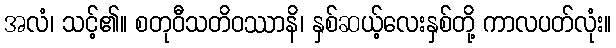
အလံ၊ သင့်၏။ စတုဝီသတိဝဿာနိ၊ နှစ်ဆယ့်လေးနှစ်တို့ ကာလပတ်လုံး။